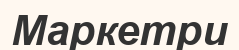
Маркетри